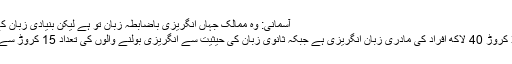
آسمانی: وہ ممالک جہاں انگریزی باضابطہ زبان تو ہے لیکن بنیادی زبان کے طور پر نہیں بولی جاتی]]
دنیا بھر میں تقریباًًتقریباً 35 کروڑ 40 لاکھ افراد کی مادری زبان انگریزی ہے جبکہ ثانوی زبان کی حیثیت سے انگریزی بولنے والوں کی تعداد 15 کروڑ سے ڈیڑھ ارب کے درمیان ہے۔